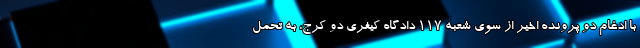
با ادغام دو پرونده اخیر از سوی شعبه ۱۱۷ دادگاه کیفری دو کرج، به تحمل